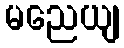
မညေယျ